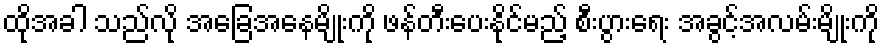
ထိုအခါ သည်လို အခြေအနေမျိုးကို ဖန်တီးပေးနိုင်မည့် စီးပွားရေး အခွင့်အလမ်းမျိုးကို